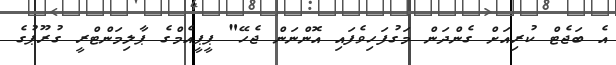
އެ ބަޖެޓް ކުރިއަށް ގެންދަން މަގުފަހިވެފައި އޮންނަން ޖެހޭ" ޕީޕީއެމްގެ ޕާލިމަންޓްރީ ގުރޫޕުގެ